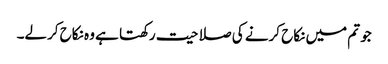
جو تم میں نکاح کرنے کی صلاحیت رکھتا ہے وہ نکاح کرلے۔